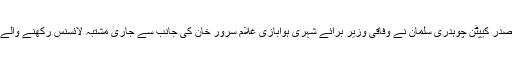
پاکستان ائیرلائن پائلٹ ایسوسی ایشن (پالپا) کے صدر کیپٹن چوہدری سلمان نے وفاقی وزیر برائے شہری ہوابازی غلام سرور خان کی جانب سے جاری مشتبہ لائسنس رکھنے والے پائلٹس کی فہرست کو بے بنیاد قراردے دیا تھا۔